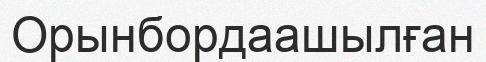
Орынбордаашылған